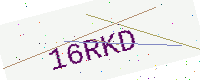
Text: 16RKD